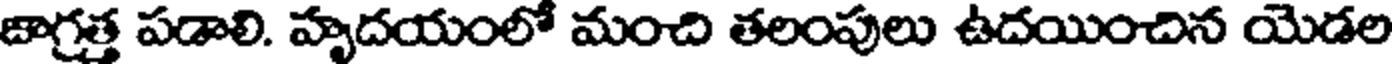
జాగ్రత్త పడాలి. హృదయంలో మంచి తలంపులు ఉదయించిన యెడల